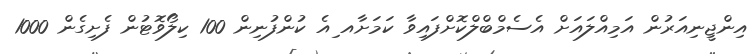
އިންޖީނިއަރުން އަމިއްލައަށް އެސެމްބްލްކޮށްފައިވާ ކަމަށާއ ިއެ ކުންފުނިން 100 ކިލޯވޮޓުން ފެށިގެން 1000